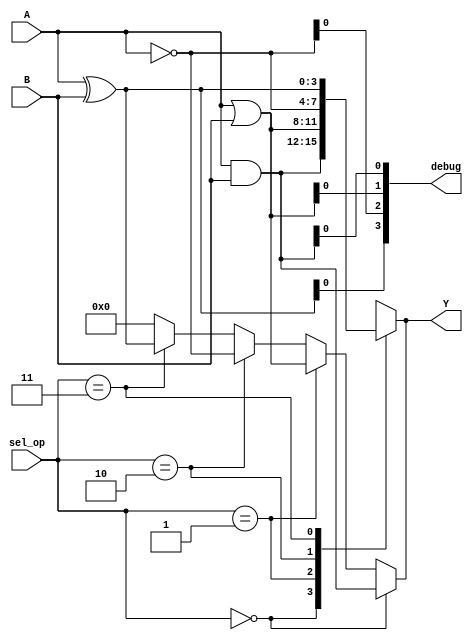
module AdjacencyGroup (
    input wire [3:0] A,           // 4-bit input vector A
    input wire [3:0] B,           // 4-bit input vector B
    input wire [1:0] sel_op,      // Selector for logic operation
    output wire [3:0] Y,          // 4-bit output vector Y
    output wire [3:0] debug       // Debug output signals
);

// Internal signals for logic operations
wire [3:0] and_out;
wire [3:0] or_out;
wire [3:0] not_out;
wire [3:0] xor_out;

// Logic Operations
assign and_out = A & B;         // AND operation
assign or_out = A | B;          // OR operation
assign not_out = ~A;            // NOT operation
assign xor_out = A ^ B;         // XOR operation

// Select logic operation based on sel_op
assign Y = (sel_op == 2'b00) ? and_out :
           (sel_op == 2'b01) ? or_out :
           (sel_op == 2'b10) ? not_out :
           (sel_op == 2'b11) ? xor_out : 4'b0000;

// Debug output to monitor internal signals
assign debug = {xor_out[0], not_out[0], or_out[0], and_out[0]};

// Combining Logic for timing and performance optimization
// Note: Ensure that the critical path is minimized
// Example: Use a multiplexer for output selection if needed
reg [3:0] Y_reg;
always @(*) begin
    case (sel_op)
        2'b00: Y_reg = and_out;
        2'b01: Y_reg = or_out;
        2'b10: Y_reg = not_out;
        2'b11: Y_reg = xor_out;
        default: Y_reg = 4'b0000;
    endcase
end

// Assign final output
assign Y = Y_reg;

endmodule